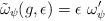
LaTeX: \begin{align*} \tilde{\omega}_{\psi}(g,\epsilon) = \epsilon\ \omega_{\psi}^{\prime}\end{align*}